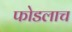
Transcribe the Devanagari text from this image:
फोडलाच